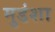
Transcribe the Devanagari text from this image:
मुडंशा